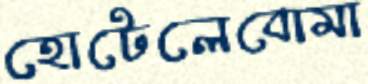
হোটেলেবোমা